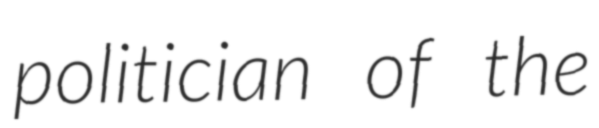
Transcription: politician of the